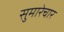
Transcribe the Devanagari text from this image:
सुमारेचार